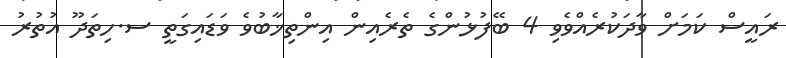
ރައީސް ކަމަށް ވާދަކުރެއްވެވި 4 ބޭފުޅުންގެ ތެރެއިން އިންތިޚާބުވެ ވަޑައިގަތީ ސ.ހިތަދޫ އުތުރު